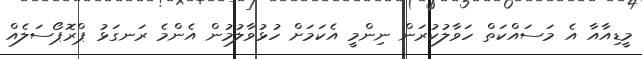
މީޑިއާއާ އެ މަސައްކަތް ހަވާލުކުރަން ނިންމީ އެކަމަށް ހުޅުވާލުމުން އެންމެ ރަނގަޅު ޕްރޮޕޯސަލެއް